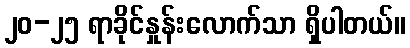
၂၀-၂၅ ရာခိုင်နှုန်းလောက်သာ ရှိပါတယ်။